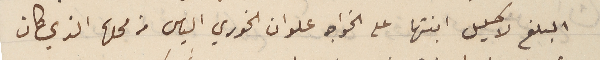
المبلغ لاكليل ابنتها على الخواجه علوان الخوري الياس من محلها الذي كان